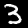
Digit: 3